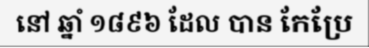
នៅ ឆ្នាំ ១៨៩៦ ដែល បាន កែប្រែ